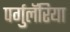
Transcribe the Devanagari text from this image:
पर्गुलॅरिया